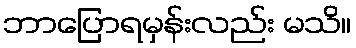
ဘာပြောရမှန်းလည်း မသိ။